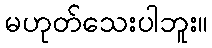
မဟုတ်သေးပါဘူး။